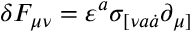
\delta F _ { \mu \nu } = \varepsilon ^ { a } \sigma _ { [ \nu a \dot { a } } \partial _ { \mu ] }